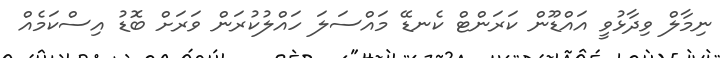
ނިމާލް ވިދާޅުވީ އައްޑޫން ކަރަންޓް ކެނޑޭ މައްސަލަ ހައްލުކުރަން ވަރަށް ބޮޑު އިސްކަމެއް